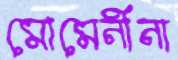
মোমেনীনা